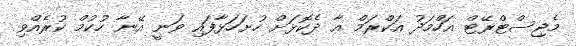
މެޖިސްޓްރޭޓް އަހްމަދު އަކްރަމް އާ ދެކޮޅަށް ހުށަހަޅާފައި ވަނީ އޭނާ ހުކުމް ކުރެއްވި